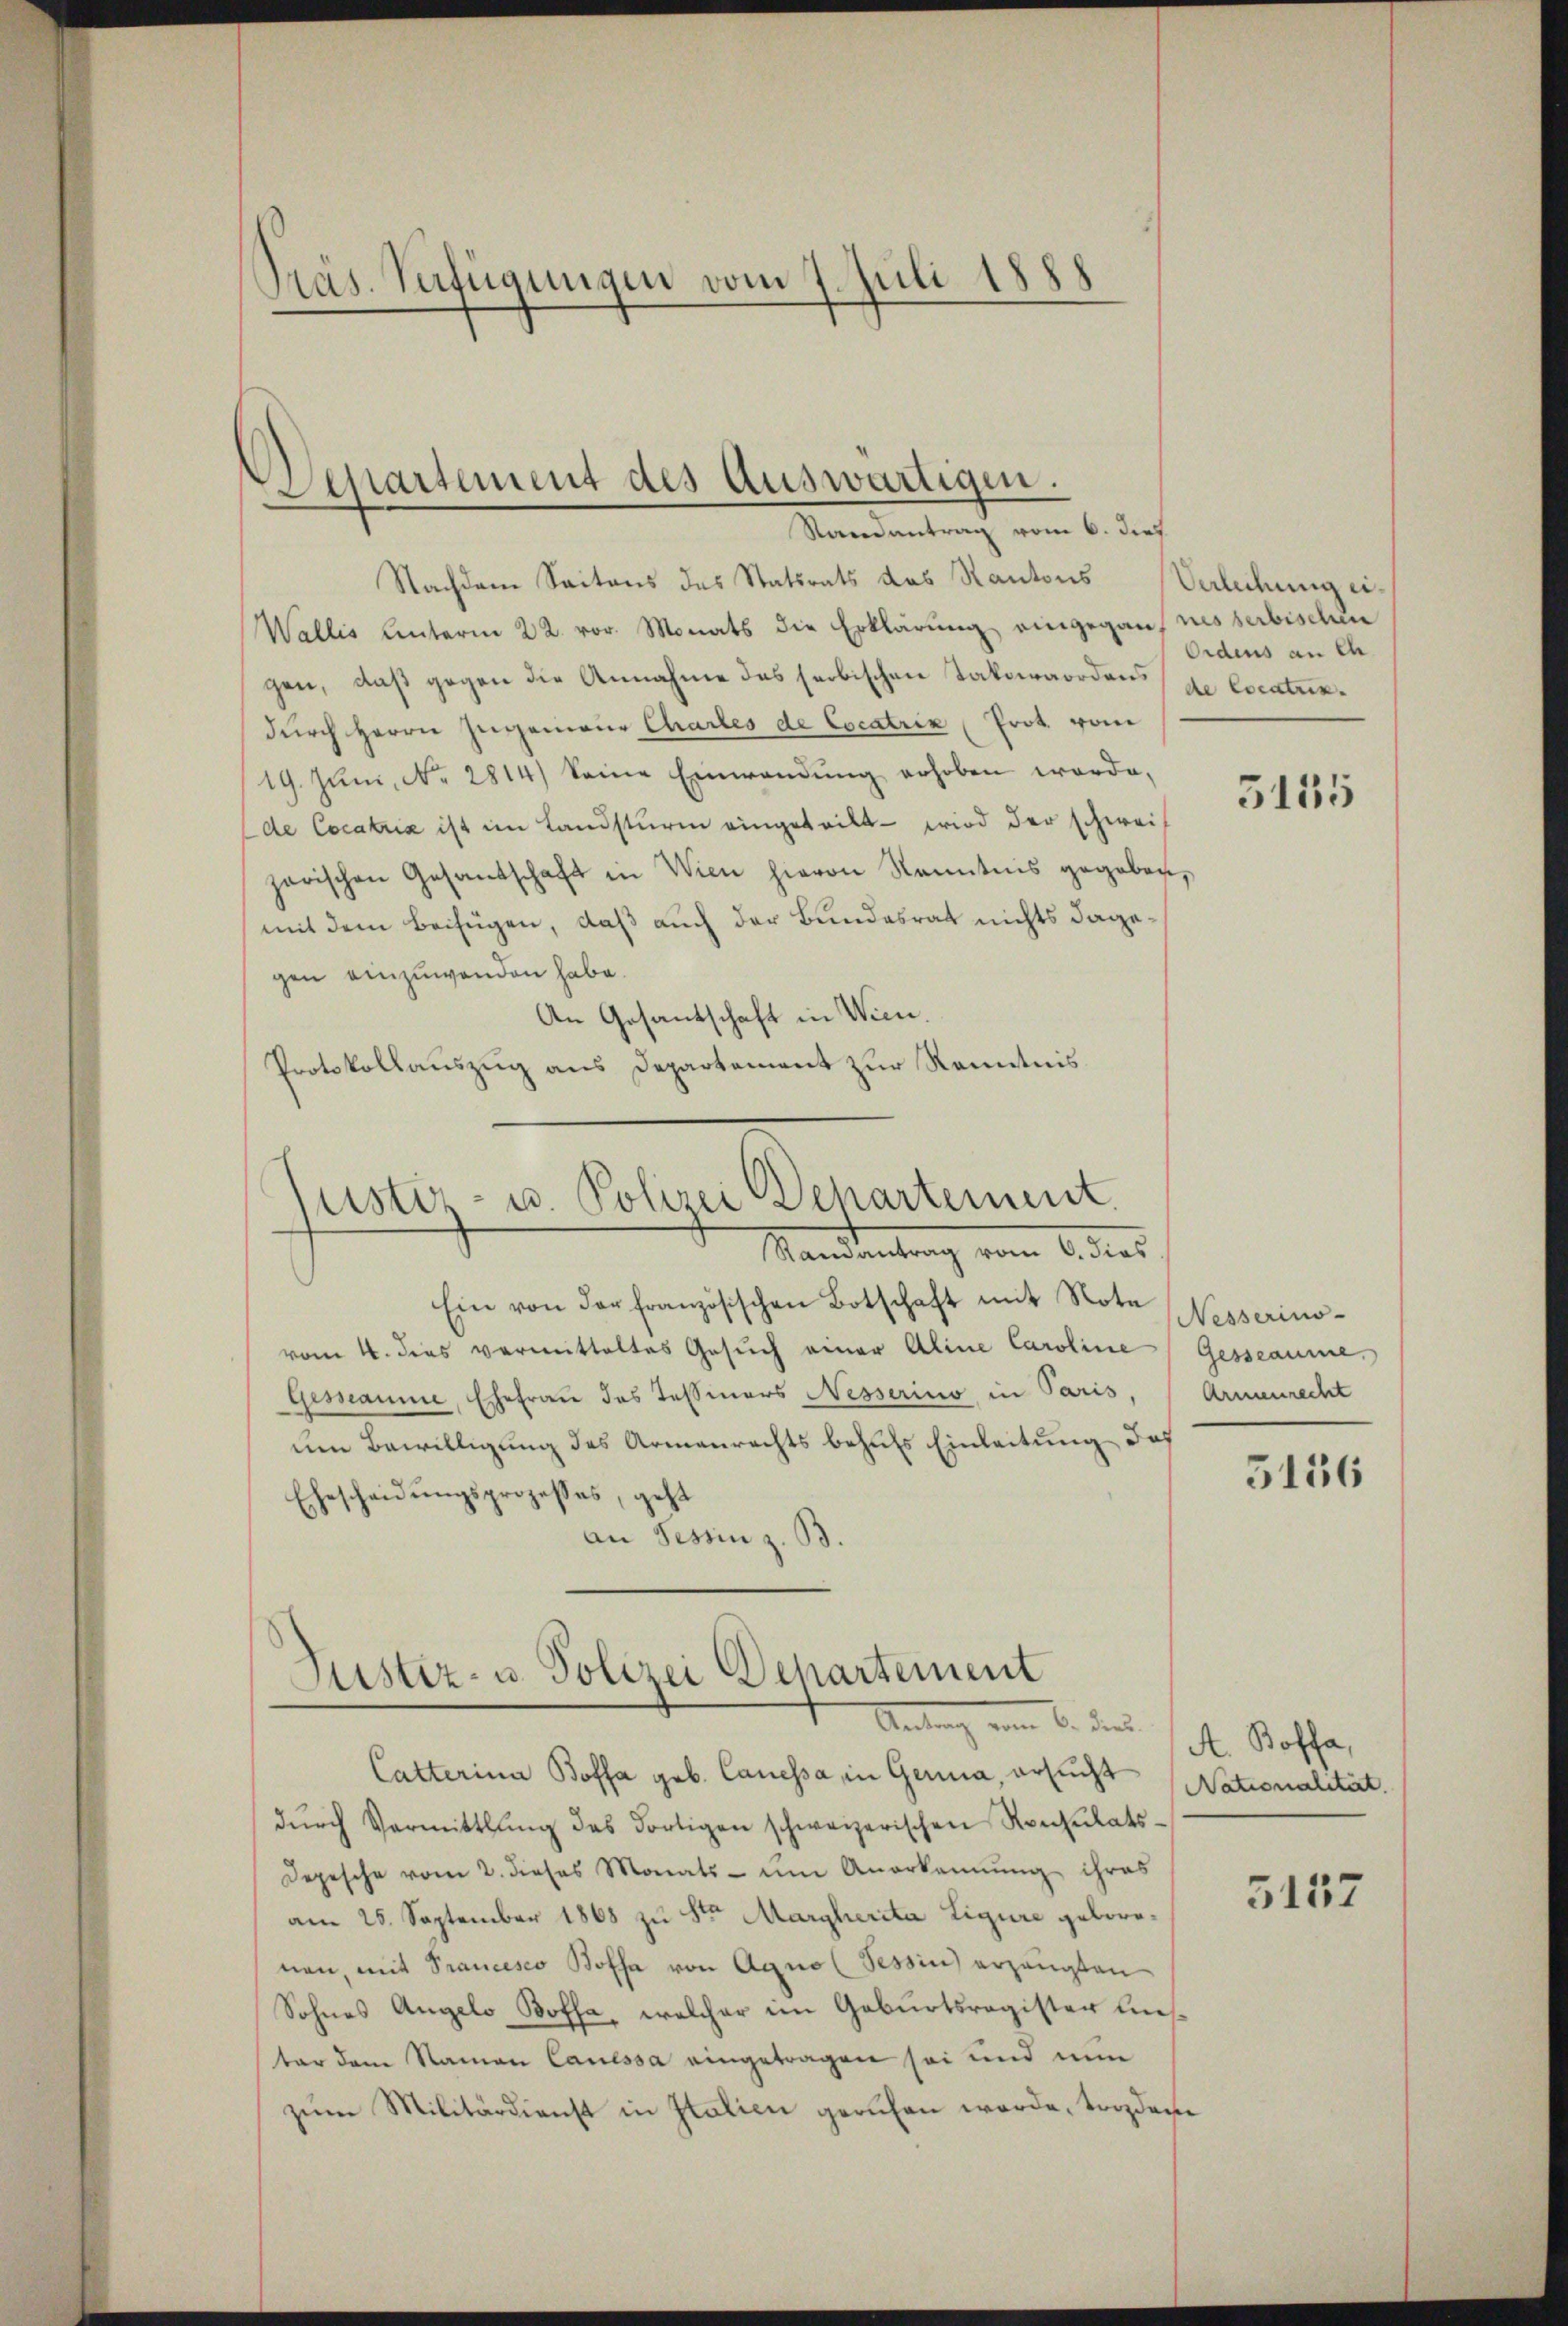
Präs. Verfügungen vom 7. Juli 1888
.

Departement des Auswärtigen.
Raneantrag vom 6. dies

Nachdem Saitons des Statsrats des Kantons Verleihung ei¬
Wallis unterm 22. vor. Monats die Erklärung eingegannesserbischen
gen, daß gegen die Annahme das serbischen Takowordens
durch Herrn Ingenieur Chartes de Cocatrix Prot. vom
19. Jŭni, No. 2814) Seine Einwendŭng erhoben worde,
de Cocatria ist im Landsturm eingeteilt - wird der schweiparischen Gesandschaft in Wien hievon Kenntnis gegeben,
mit dem Beifügen, daß auch der Bundesrat nichts dage
gen einzuwenden habe.
An Gesantschaft in Wien.
Protokollauszug aus Departement zur Kenntnis

ustiz- u. Polizei Departement.
Mandantung vom 6. des

Ein von der französischen Botschaft mit Nota
vom 4. dies vermittaltes Gesuch einer Aline Caroline
Gemannie, Ehefrau das Tessiners Nesserino in Paris,
um Bewilligung des Armenrechts behufs Einleitung das
Ehescheidungsprozesses, geht
an Tessin z. B.

Justiz- u. Polizei Departement

Antrag vom 6. dies
Catterina Boffa geb. Cancessa in Genua, ersucht
dŭrch Vermittlung des dortigen schweizerischen Konsulats¬
Depesche vom 2. dieses Monats - um Anerkennung ihres
am 25. September 1868 zu Stern Margherita Ligure geborenen, mit Prancesco Bossa von Agno (Tessin erzeugten
Sohnes Angelo Boffa, welcher im Geburtsregister uns.
ter dem Namen Canessa eingetragen sei und nun
zŭm Militärdienst in Italien geruhen werde, tradene

Ordens an eh
de Cocatrix.

3155

Nesserino-
Gesseaume
Armenrecht

3156

A. Boffa,
Nationalität.

5157